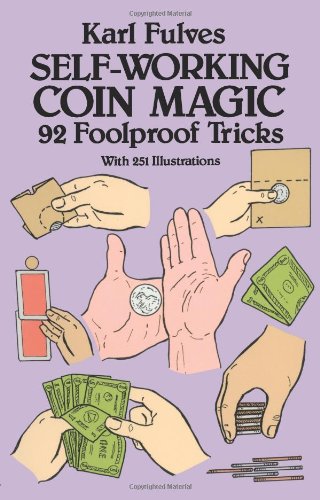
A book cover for Self-Working Coin Magic: 92 Foolproof Tricks (Dover Magic Books); Karl Fulves; Humor & Entertainment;